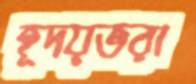
হূদয়ভরা